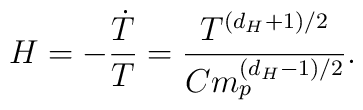
H = -\frac{\dot{T}}{T} = \frac{T^{(d_H+1)/2}}{C m_p^{(d_H-1)/2}}.